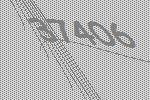
37406